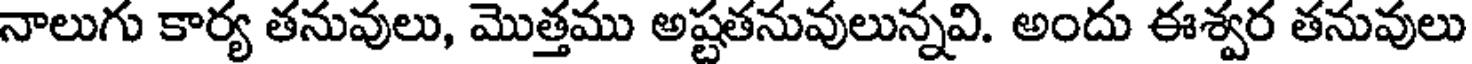
నాలుగు కార్య తనువులు, మొత్తము అష్టతనువులున్నవి. అందు ఈశ్వర తనువులు